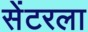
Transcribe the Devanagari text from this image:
सेंटरला